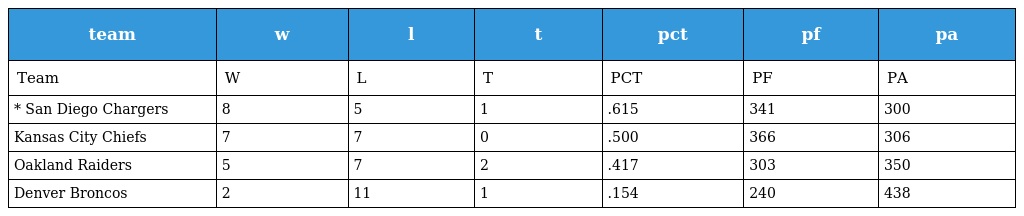
| team | w | l | t | pct | pf | pa |
 | --- | --- | --- | --- | --- | --- | --- |
 | Team | W | L | T | PCT | PF | PA |
 | * San Diego Chargers | 8 | 5 | 1 | .615 | 341 | 300 |
 | Kansas City Chiefs | 7 | 7 | 0 | .500 | 366 | 306 |
 | Oakland Raiders | 5 | 7 | 2 | .417 | 303 | 350 |
 | Denver Broncos | 2 | 11 | 1 | .154 | 240 | 438 |